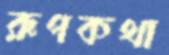
রূপকথা